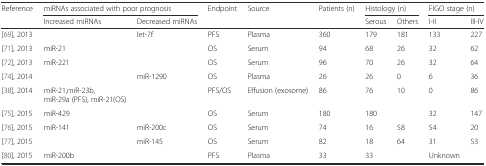
<table><thead><tr><td><b>Reference</b></td><td colspan="2"><b>miRNAs associated with poor prognosis</b></td><td><b>Endpoint</b></td><td><b>Source</b></td><td><b>Patients (n)</b></td><td colspan="2"><b>Histology (n)</b></td><td colspan="2"><b>FIGO stage (n)</b></td></tr><tr><td></td><td><b>Increased miRNAs</b></td><td><b>Decreased miRNAs</b></td><td></td><td></td><td></td><td><b>Serous</b></td><td><b>Others</b></td><td><b>I-II</b></td><td><b>III-IV</b></td></tr></thead><tbody><tr><td>[69], 2013</td><td></td><td>let-7f</td><td>PFS</td><td>Plasma</td><td>360</td><td>179</td><td>181</td><td>133</td><td>227</td></tr><tr><td>[71], 2013</td><td>miR-21</td><td></td><td>OS</td><td>Serum</td><td>94</td><td>68</td><td>26</td><td>32</td><td>62</td></tr><tr><td>[72], 2013</td><td>miR-221</td><td></td><td>OS</td><td>Serum</td><td>96</td><td>70</td><td>26</td><td>32</td><td>64</td></tr><tr><td>[74], 2014</td><td></td><td>miR-1290</td><td>OS</td><td>Plasma</td><td>26</td><td>26</td><td>0</td><td>6</td><td>36</td></tr><tr><td>[38], 2014</td><td>miR-21,miR-23b, miR-29a (PFS), miR-21(OS)</td><td></td><td>PFS/OS</td><td>Effusion (exosome)</td><td>86</td><td>76</td><td>10</td><td>0</td><td>86</td></tr><tr><td>[75], 2015</td><td>miR-429</td><td></td><td>OS</td><td>Serum</td><td>180</td><td>180</td><td></td><td>32</td><td>147</td></tr><tr><td>[76], 2015</td><td>miR-141</td><td>miR-200c</td><td>OS</td><td>Serum</td><td>74</td><td>16</td><td>58</td><td>54</td><td>20</td></tr><tr><td>[77], 2015</td><td></td><td>miR-145</td><td>OS</td><td>Serum</td><td>82</td><td>18</td><td>64</td><td>31</td><td>53</td></tr><tr><td>[80], 2015</td><td>miR-200b</td><td></td><td>PFS</td><td>Plasma</td><td>33</td><td>33</td><td></td><td>Unknown</td><td></td></tr></tbody></table>